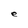
Character: e